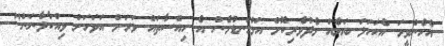
އެހެންވީމަ އެކަހަލަ ބަޔެއް މެދުވެރިކޮށް އަޅުގަނޑުމެން އެ ހިއްސާތައް ވަރަށް އަވަހަށް ވިއްކާލާނަން"